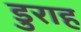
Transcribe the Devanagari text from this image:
डुराह